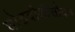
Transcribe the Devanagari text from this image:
घोडदौडीसोबत